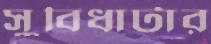
সুবিধাটার